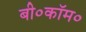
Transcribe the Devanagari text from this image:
बी०कॉम०